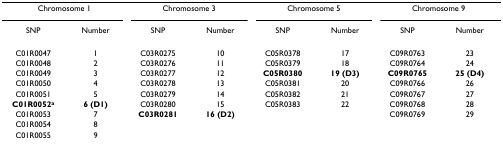
<table><thead><tr><td colspan="2"><b>Chromosome 1</b></td><td colspan="2"><b>Chromosome 3</b></td><td colspan="2"><b>Chromosome 5</b></td><td colspan="2"><b>Chromosome 9</b></td></tr><tr><td><b>SNP</b></td><td><b>Number</b></td><td><b>SNP</b></td><td><b>Number</b></td><td><b>SNP</b></td><td><b>Number</b></td><td><b>SNP</b></td><td><b>Number</b></td></tr></thead><tbody><tr><td>C01R0047</td><td>1</td><td>C03R0275</td><td>10</td><td>C05R0378</td><td>17</td><td>C09R0763</td><td>23</td></tr><tr><td>C01R0048</td><td>2</td><td>C03R0276</td><td>11</td><td>C05R0379</td><td>18</td><td>C09R0764</td><td>24</td></tr><tr><td>C01R0049</td><td>3</td><td>C03R0277</td><td>12</td><td><b>C05R0380</b></td><td><b>19 (D3)</b></td><td><b>C09R0765</b></td><td><b>25 (D4)</b></td></tr><tr><td>C01R0050</td><td>4</td><td>C03R0278</td><td>13</td><td>C05R0381</td><td>20</td><td>C09R0766</td><td>26</td></tr><tr><td>C01R0051</td><td>5</td><td>C03R0279</td><td>14</td><td>C05R0382</td><td>21</td><td>C09R0767</td><td>27</td></tr><tr><td><b>C01R0052</b><sup><b>a</b></sup></td><td><b>6 (D1)</b></td><td>C03R0280</td><td>15</td><td>C05R0383</td><td>22</td><td>C09R0768</td><td>28</td></tr><tr><td>C01R0053</td><td>7</td><td><b>C03R0281</b></td><td><b>16 (D2)</b></td><td></td><td></td><td>C09R0769</td><td>29</td></tr><tr><td>C01R0054</td><td>8</td><td></td><td></td><td></td><td></td><td></td><td></td></tr><tr><td>C01R0055</td><td>9</td><td></td><td></td><td></td><td></td><td></td><td></td></tr></tbody></table>